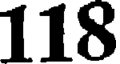
118